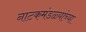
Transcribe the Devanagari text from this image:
नाटकमंडळ्यांच्या